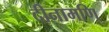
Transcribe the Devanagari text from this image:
दीनामणि